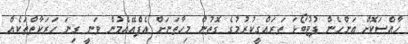
ހާއްސަކޮށް އަންހެން ފުޓުބޯޅަ ތަރައްގީކުރުމުގެ ގޮތުން މިހާތަނަށް އެފްއޭއެމުން ވަނީ ގިނަ ހަރަކާތްތަކެއް